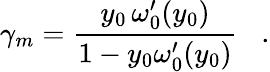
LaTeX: \gamma_{m}={\frac{y_{0}\, \omega_{0}^{\prime}(y_{0})}{1-y_{0}\omega_{0}^{\prime}(y_{0})}}\; \; \; .